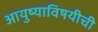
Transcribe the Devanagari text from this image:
आयुष्याविषयीची